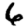
Digit: 6